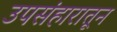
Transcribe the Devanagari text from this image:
उपसंहारातून